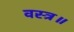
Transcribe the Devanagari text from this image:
वस्त्र॥